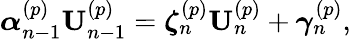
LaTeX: \boldsymbol\alpha_{n-1}^{(p)}\mathbf{U}_{n-1}^{(p)}=\boldsymbol\zeta_{n}^{(p)}\mathbf{U}_{n}^{(p)}+\boldsymbol\gamma_{n}^{(p)},